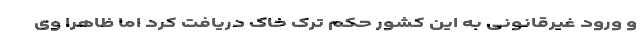
و ورود غیرقانونی به این کشور حکم ترک خاک دریافت کرد اما ظاهرا وی